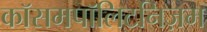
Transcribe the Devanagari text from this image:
कॉसमपॉलिटनिज़म